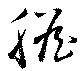
膽